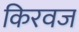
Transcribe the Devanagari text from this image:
किरवज